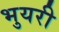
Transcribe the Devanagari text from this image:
भुयरी